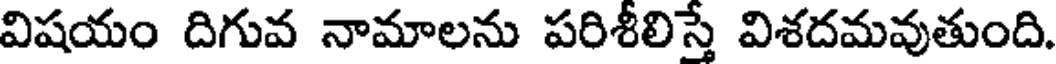
విషయం దిగువ నామాలను పరిశీలిస్తే విశదమవుతుంది.